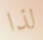
لذا